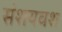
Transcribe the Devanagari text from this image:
संशयवश